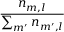
\frac { n _ { m , l } } { \sum _ { m ^ { \prime } } n _ { m ^ { \prime } , l } }